Annual administration report of the Civil Veterinary Department, Sind - 1939-1940
Year: 1939
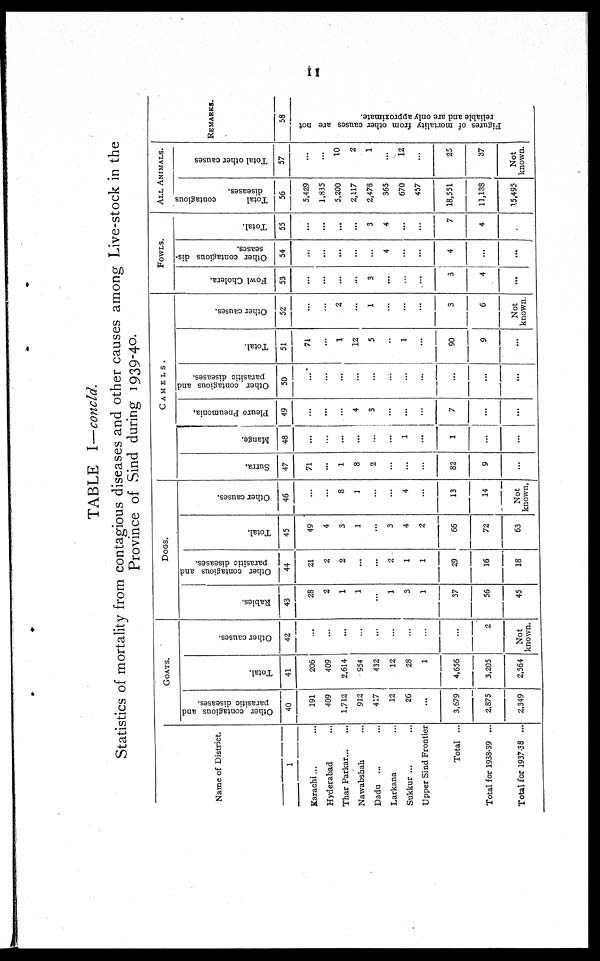
11
TABLE I—concld.
Statistics of mortality from contagious diseases and other causes among Live-stock in the
Province of Sind during 1939-40.
Name of District.
1
Karachi ... ...
Hyderabad ...
Thar Parkar ... ...
Nawabshah ...
Dadu ... ...
Larkana ...
Sukkur ... ...
Upper Sind Frontier
Total ...
Total for 1938-39 ...
Total for 1937-38 ...
GOATS.
Other contagious and
parasitic diseases.
40
191
409
1,712
912
417
12
26
...
3,679
2,875
2,349
Total.
41
206
409
2,614
954
432
12
28
1
4,656
3,205
2,564
Other causes.
42
...
...
...
...
...
...
...
...
...
2
Not
known.
DOGS.
Rabies.
43
28
2
1
1
...
1
3
1
37
56
45
Other contagious and
parasitic diseases.
44
21
2
2
...
...
2
1
1
29
16
18
Total.
45
49
4
3
1
...
3
4
2
66
72
63
Other causes.
46
...
...
8
1
...
...
4
...
13
14
Not
known.
CAMELS.
Surra.
47
71
...
1
8
2
...
...
...
82
9
...
Mange.
48
...
...
...
...
...
...
1
...
1
...
...
Pleuro Pneumonia.
49
...
...
...
4
3
...
...
...
7
...
...
Other contagious and
parasitic diseases.
50
...
...
...
...
...
...
...
...
...
...
...
Total.
51
71
...
1
12
5
...
1
...
90
9
...
Other causes.
52
...
...
2
...
1
...
...
...
3
6
Not
known.
FOWLS.
Fowl Cholera.
53
...
...
...
...
3
...
...
...
3
4
...
Other contagious dis¬
seases.
54
...
...
...
...
...
4
...
...
4
...
...
Total.
55
...
...
...
...
3
4
...
...
7
4
...
ALL ANIMALS.
Total
contagious
diseases.
56
5,429
1,835
5,200
2,117
2,478
365
670
457
18,551
11,138
15,495
Total other causes
57
...
...
10
2
1
...
12
...
25
37
Not
known.
REMARKS.
58
Figures of mortality from other causes are not
reliable and are only approximate.